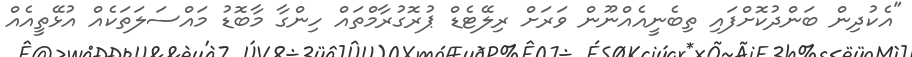
"އެކުދިން ބަންދުކޮށްފައި ތިބެނީއެއްނޫން ވަރަށް ރިލޭޓެޑް ޕުރޮގުރާމްތައް ހިންގާ މާބޮޑު މައްސަލަތަކެއް އުޅޭތީއެއް